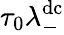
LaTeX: \tau_{0}\lambda_{-}^{\mathrm{dc}}